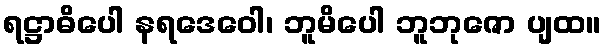
ရဋ္ဌာဓိပေါ နရဒေဝေါ၊ ဘူမိပေါ ဘူဘုဇော ပျထ။